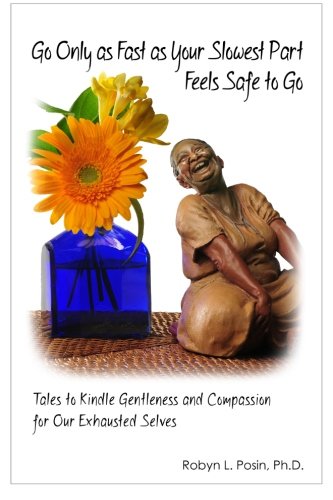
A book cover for Go Only As Fast As Your Slowest Part Feels Safe To Go: Tales To Kindle Gentleness and Compassion For Our Exhausted Selves; Robyn L Posin Ph.D.; Self-Help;